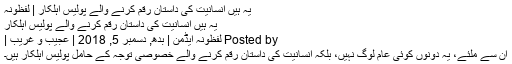
یہ ہیں انسانیت کی داستان رقم کرنے والے پولیس اہلکار | لفظونہ
یہ ہیں انسانیت کی داستان رقم کرنے والے پولیس اہلکار
Posted by لفظونہ ایڈمن | بدھ, دسمبر 5, 2018 | عجیب و غریب |
ان سے ملئے، یہ دونوں کوئی عام لوگ نہیں، بلکہ انسانیت کی داستان رقم کرنے والے خصوصی توجہ کے حامل پولیس اہلکار ہیں۔